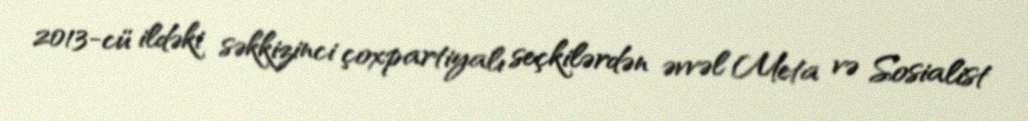
2013-cü ildəki səkkizinci çoxpartiyalı seçkilərdən əvvəl Meta və Sosialist